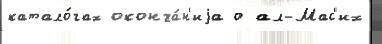
катало́гах оконча́н'иjа о ал-Мас'их